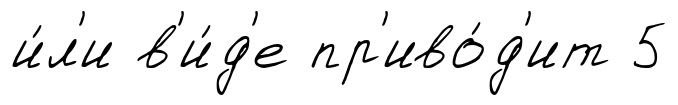
и́л'и в'и́д'е пр'иво́д'ит 5